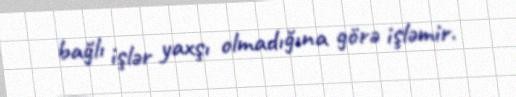
bağlı işlər yaxşı olmadığına görə işləmir.